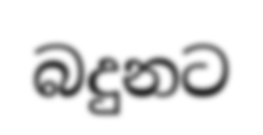
බදුනට